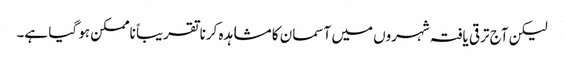
لیکن آج ترقی یافتہ شہروں میں آسمان کا مشاہدہ کرنا تقریباً ناممکن ہو گیا ہے۔